Eesti_Peakonsulaat_New_Yorgis, lk 21
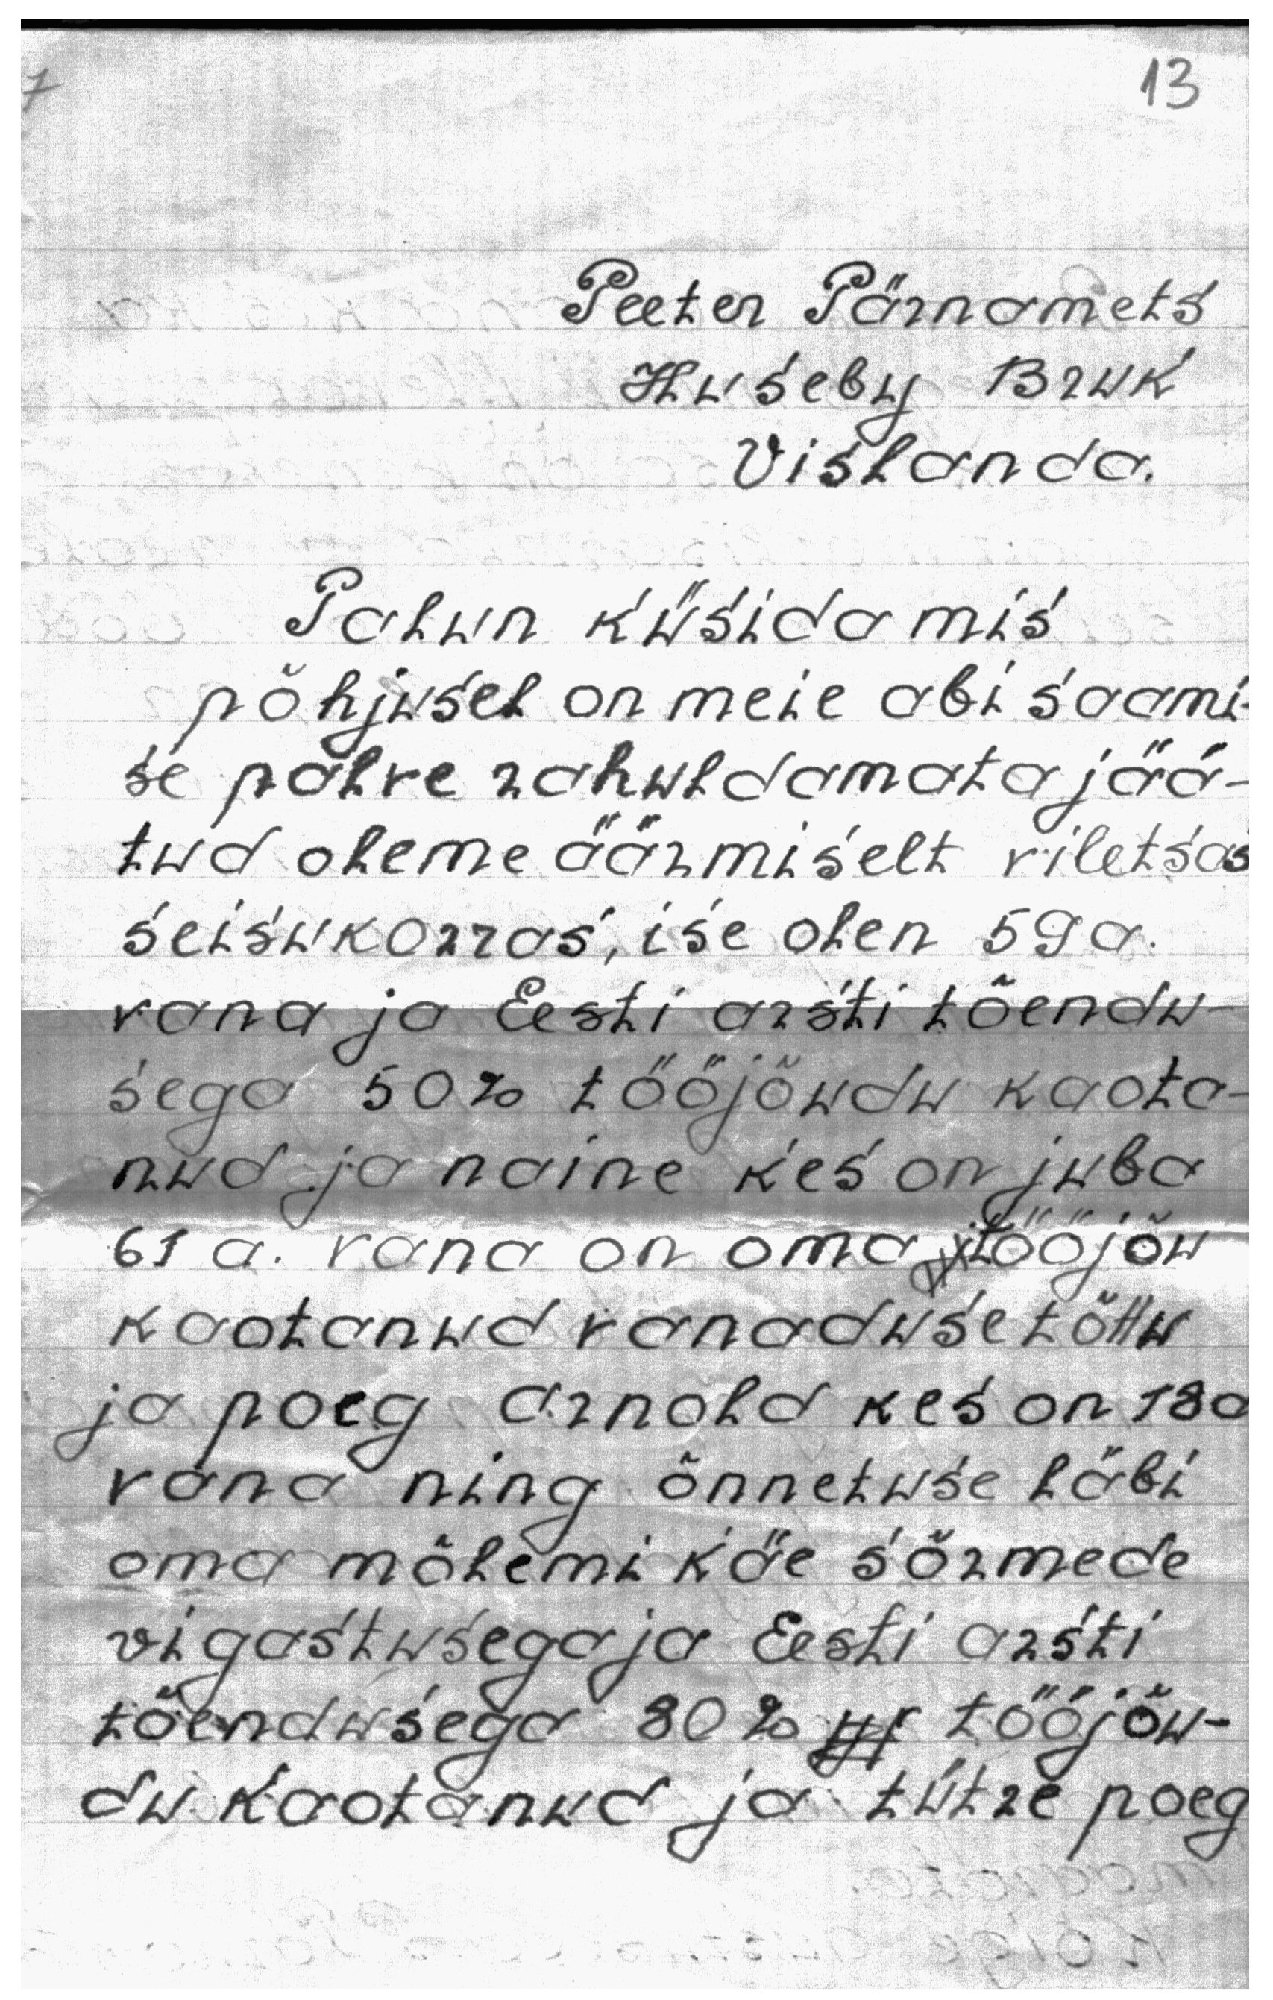
13

Peeter Pärnamets
Huseby Bruk
Vislanda.
Palun küsida mis
põhjusel on meie abi saami-
se palve rahuldamata jää-
tud oleme äärmiselt viletsas
seisukorras, ise olen 59 a.
vana ja Eesti arsti tõendu-
sega 50% tööjõudu kaota-
nud ja naine kes on juba
61 a. vana on oma tööjõu
kaotanud vanaduse tõttu
ja poeg Arnold kes on 18a
vana ning õnnetuse läbi
oma mõlemi käe sõrmede
vigastusega ja Eesti arsti
tõendusega 80 % jr tööjõu-
du kaotanud ja tütre poeg